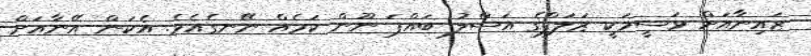
ޒައިނާއަށް ވަސީމަކީ ޒަލަފްގެ އަސްލު ބައްޕަ ނޫން ކަމެއް ނޭނގެއެވެ. އެކަން އޭނާއަށް